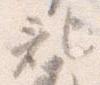
記